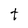
Character: t